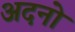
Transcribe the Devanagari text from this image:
अदनो